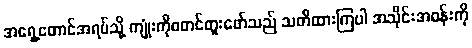
အရှေ့တောင်အရပ်သို့ ကျုံးကိုစတင်တူးဖော်သည် သတိထားကြပါ အသိုင်းအဝန်းကို